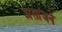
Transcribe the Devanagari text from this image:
असांजने